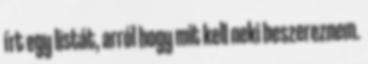
írt egy listát, arról hogy mit kell neki beszereznem.